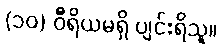
(၁၀) ဝီရိယမရှိ ပျင်းရိသူ။